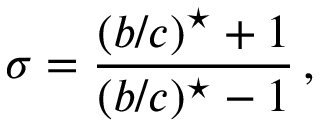
\sigma = \frac { ( b / c ) ^ { \star } + 1 } { ( b / c ) ^ { \star } - 1 } \, ,